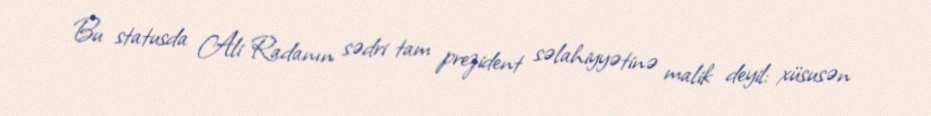
Bu statusda Ali Radanın sədri tam prezident səlahiyyətinə malik deyil: xüsusən